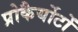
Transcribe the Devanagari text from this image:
प्रोकैर्योटों